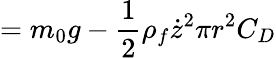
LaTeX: =m_{0}g-\frac{1}{2}\rho_{f}\dot{z}^{2}\pi r^{2}C_{D}